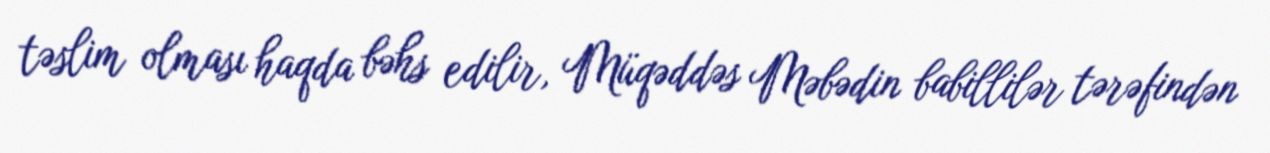
təslim olması haqda bəhs edilir, Müqəddəs Məbədin babillilər tərəfindən